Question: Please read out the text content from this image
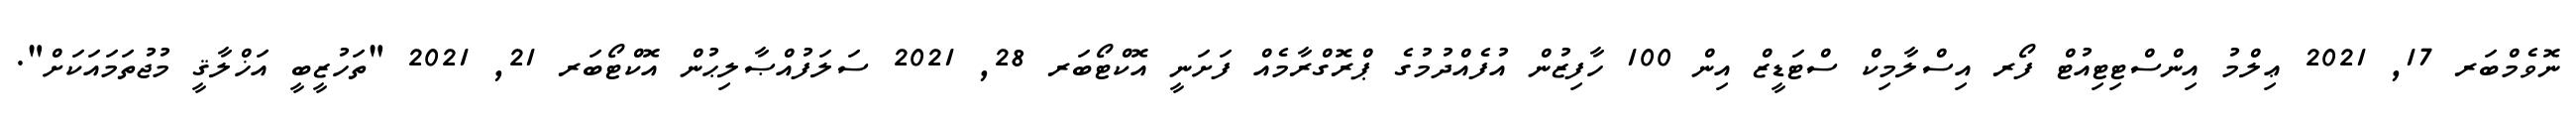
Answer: ނޮވެމްބަރ 17, 2021 ޢިލްމު އިންސްޓިޓިއުޓް ފޯރ އިސްލާމިކް ސްޓަޑީޒް އިން 100 ހާފިޒުން އުފެއްދުމުގެ ޕްރޮގްރާމެއް ފަށަނީ އޮކްޓޯބަރ 28, 2021 ސަލަފުއްޞާލިޙުން އޮކްޓޯބަރ 21, 2021 "ތަހުޒީބީ އަޚްލާޤީ މުޖުތަމައަކަށް".